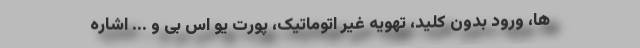
ها، ورود بدون کلید، تهویه غیر اتوماتیک، پورت یو اس بی و ... اشاره